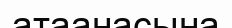
атаанасына